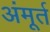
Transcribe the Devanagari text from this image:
अंमूर्त